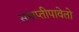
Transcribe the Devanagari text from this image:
समाप्तीपावेतो